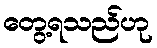
တွေ့ရသည်ဟု